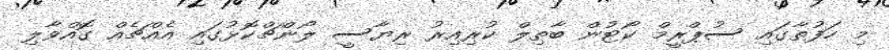
މި ހަފުތާގައި ސުޕްރީމް ކޯޓުން ބާތިލް ކުރިއިރު ރިޔާސީ ލޯންޗްކޮޅުގައި އެއްޗެއް ގޮއްވާލި